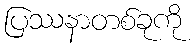
ပြဿနာတစ်ခုကို